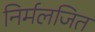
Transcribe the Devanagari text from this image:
निर्मलजित